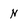
Character: N